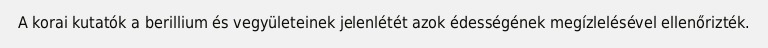
A korai kutatók a berillium és vegyületeinek jelenlétét azok édességének megízlelésével ellenőrizték.